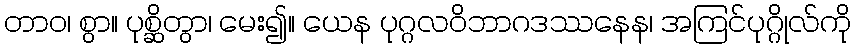
တာဝ၊ စွာ။ ပုစ္ဆိတွာ၊ မေး၍။ ယေန ပုဂ္ဂလဝိဘာဂဒဿနေန၊ အကြင်ပုဂ္ဂိုလ်ကို